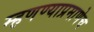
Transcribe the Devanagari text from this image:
म्हणण्याप्रमाणेच